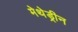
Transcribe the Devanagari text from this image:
मेथेड्रीन